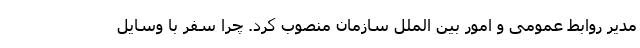
مدیر روابط عمومی و امور بین الملل سازمان منصوب کرد. چرا سفر با وسایل